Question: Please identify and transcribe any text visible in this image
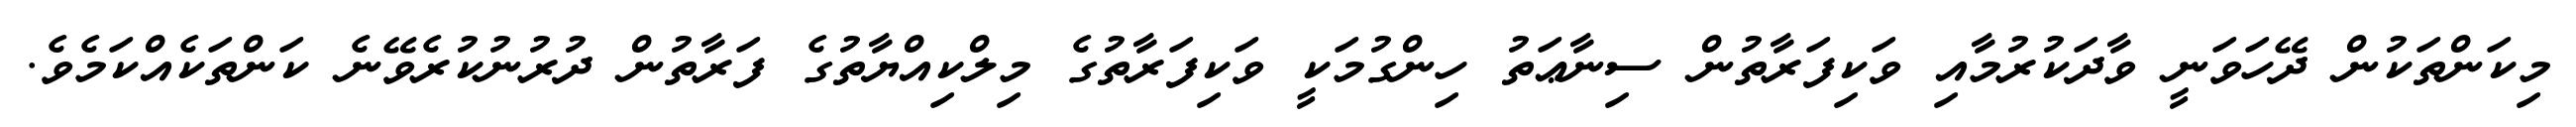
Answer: މިކަންތަކުން ދޭހަވަނީ ވާދަކުރުމާއި ވަކިފަރާތުން ސިނާޢަތު ހިންގުމަކީ ވަކިފަރާތުގެ މިލްކިއްޔާތުގެ ފަރާތުން ދުރުނުކުރެވޭނެ ކަންތަކެއްކަމެވެ.